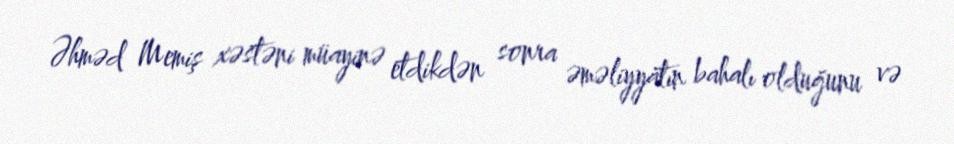
Əhməd Memiş xəstəni müayinə etdikdən sonra əməliyyatın bahalı olduğunu və